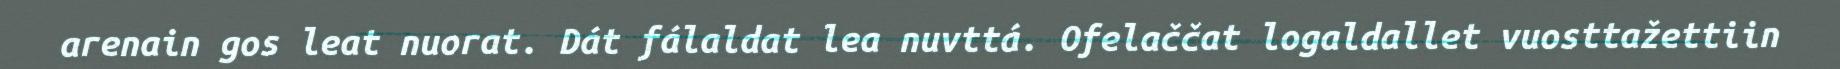
arenain gos leat nuorat. Dát fálaldat lea nuvttá. Ofelaččat logaldallet vuosttažettiin